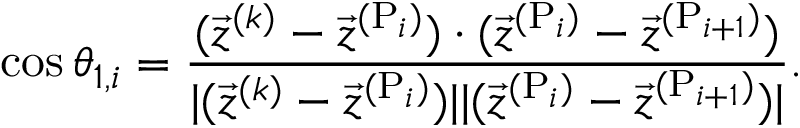
\cos \theta _ { 1 , i } = \frac { ( \vec { z } ^ { ( k ) } - \vec { z } ^ { ( \mathrm { P } _ { i } ) } ) \cdot ( \vec { z } ^ { ( \mathrm { P } _ { i } ) } - \vec { z } ^ { ( \mathrm { P } _ { i + 1 } ) } ) } { | ( \vec { z } ^ { ( k ) } - \vec { z } ^ { ( \mathrm { P } _ { i } ) } ) | | ( \vec { z } ^ { ( \mathrm { P } _ { i } ) } - \vec { z } ^ { ( \mathrm { P } _ { i + 1 } ) } ) | } .